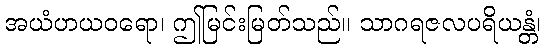
အယံဟယဝရော၊ ဤမြင်းမြတ်သည်။ သာဂရဇလပရိယန္တံ၊